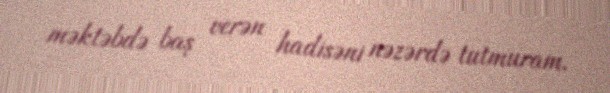
məktəbdə baş verən hadisəni nəzərdə tutmuram.